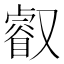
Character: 叡